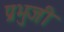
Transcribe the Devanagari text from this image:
प्रभुजी